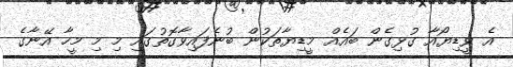
އެ ވީޑިޔޯއާ ގުޅިގެން ބައެއް މީޑިޔާތަކުން ބުނެފައިވާގޮތުގައި މި މި މީހާ އޭނާގެ